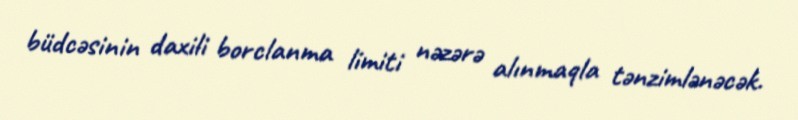
büdcəsinin daxili borclanma limiti nəzərə alınmaqla tənzimlənəcək.